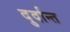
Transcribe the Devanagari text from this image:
दु्र्दान्त